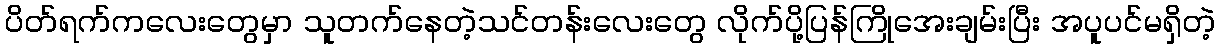
ပိတ်ရက်ကလေးတွေမှာ သူတက်နေတဲ့သင်တန်းလေးတွေ လိုက်ပို့ပြန်ကြိုအေးချမ်းပြီး အပူပင်မရှိတဲ့